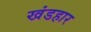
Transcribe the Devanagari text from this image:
खंडहार